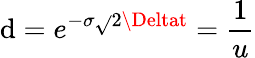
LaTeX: \mathrm{d}=e^{-\sigma{\sqrt{}{{2\Deltat}}}}={\frac{{1}}{{u}}}